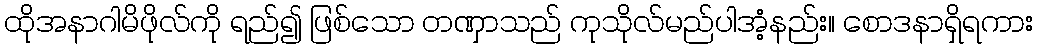
ထိုအနာဂါမိဖိုလ်ကို ရည်၍ ဖြစ်သော တဏှာသည် ကုသိုလ်မည်ပါအံ့နည်း။ စောဒနာရှိရကား